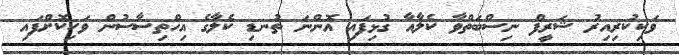
ވަކިކުރިއިރު ޝަރީފް ނިސްބަތްވާ ކެލާއާ ގުޅިފައި އޮންނަ ތުނޑި ކެލާގެ އިހްތިސާސުން ވަކިކޮށްފައި